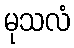
မုသလံ